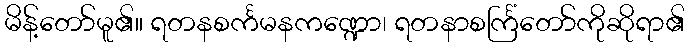
မိန့်တော်မူ၏။ ရတနစင်္ကမနကဏ္ဍော၊ ရတနာစင်္ကြံတော်ကိုဆိုရာ၏